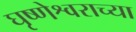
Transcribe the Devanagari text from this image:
घृष्णेश्वराच्या